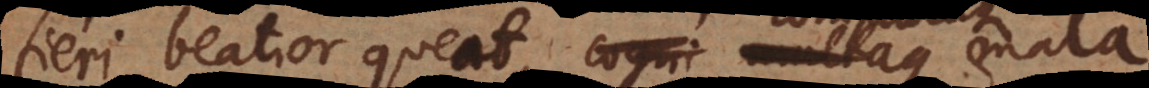
fieri beatior queat, cogni multaque mala